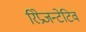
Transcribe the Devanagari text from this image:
रिप्रेजन्टेटिव